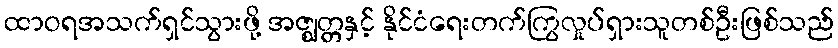
ထာဝရအသက်ရှင်သွားဖို့ အဇ္ဈတ္တနှင့် နိုင်ငံရေးတက်ကြွလှုပ်ရှားသူတစ်ဦးဖြစ်သည်